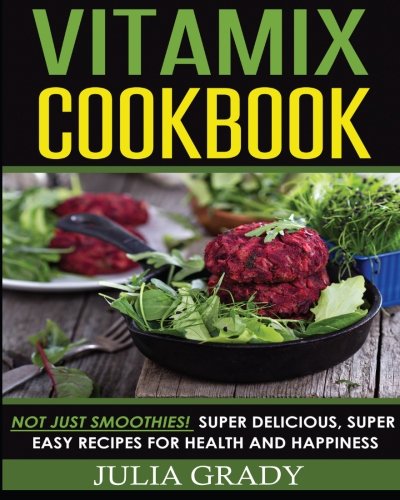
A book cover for Vitamix Cookbook: Not Just Smoothies! Super Delicious, Super Easy Recipes for Health and Happiness; Julia Grady; Cookbooks, Food & Wine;